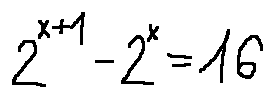
2 ^ { x + 1 } - 2 ^ { x } = 1 6